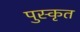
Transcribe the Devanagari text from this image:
पुस्कृत